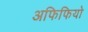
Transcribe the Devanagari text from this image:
अफिफियो